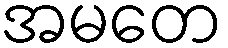
အမတေ